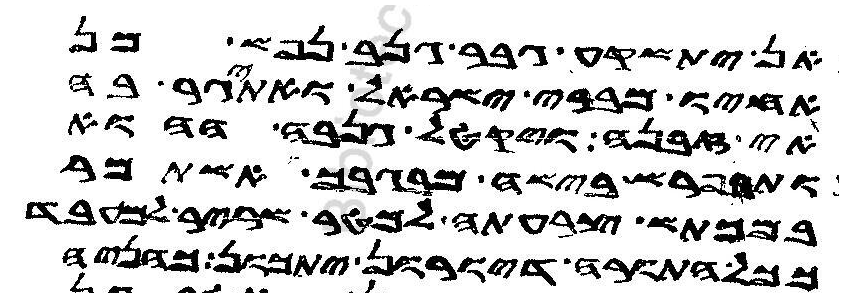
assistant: אן ישקע גבר גנב נפש מן
אחיו מברי ישראל ואתיגר בה
אי זבנה ויקטל גנבה ההוא
ותפרש בישה מבגבך אשתמר
במכתש צרעתה למטר שריר למעבד
ככל התורה דיורון יתכון כהניה